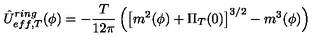
\hat { U } _ { e f f , T } ^ { r i n g } ( \phi ) = - \frac T { 1 2 \pi } \left( \left[ m ^ { 2 } ( \phi ) + \Pi _ { T } ( 0 ) \right] ^ { 3 / 2 } - m ^ { 3 } ( \phi ) \right)